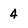
Character: 4